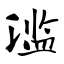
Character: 滥